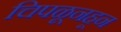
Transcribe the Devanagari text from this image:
चिपळूनहून